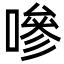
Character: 嘇